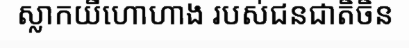
ស្លាកយីហោហាង របស់ជនជាតិចិន